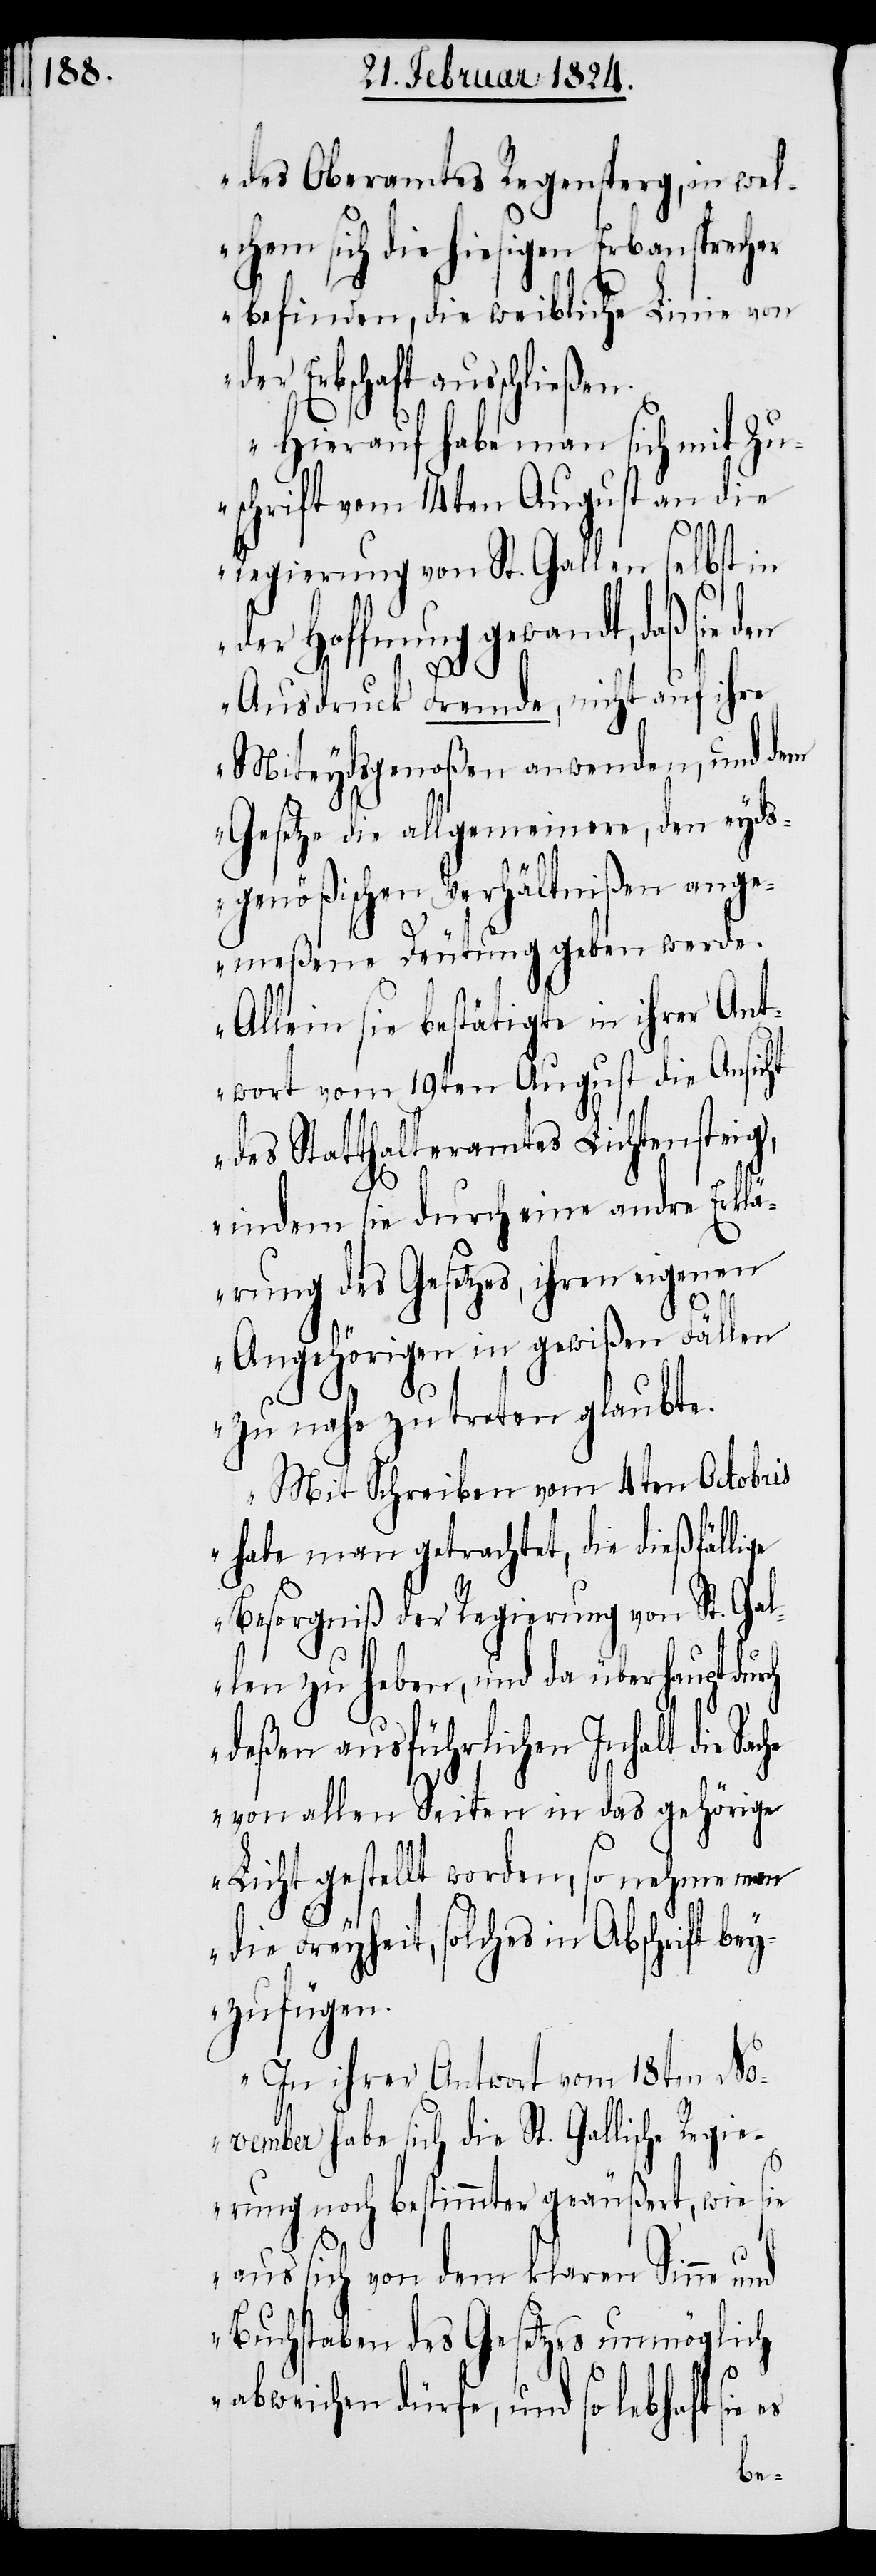
des Oberamtes Regensberg, in wel¬
chem sich die hiesigen Erbansprecher
befinden, die weibliche Linie von
Erbschaft ausschlie¬
Hierauf habe man sich mit Zu¬
schrift vom 14ten August an die
Regierung von St. Gallen selbst in
der Hoffnung gewandt, daß sie
Ausdruck Fremde, nicht auf ihre
Miteydsgenoßen anwenden, und dem
Gesetze die allgemeinen, den eyds¬
genößischen Verhältnißen ange¬
meßene Deutung geben werde.
Allein sie bestätige in ihrer Ant¬
wort vom 19ten August die Ansicht
des Statthalteramtes Lichtensteig,
ßen.
indem sie durch eine andre Erklä¬
rung des Gesetzes, ihren eigenen
Angehörigen in gewißen Fällen
zu nahe zu treten glaubte.
Mit Schreiben vom 4ten Octobris
habe man getrachtet, die dießfällige
Besorgniß der Regierung von St. Gal¬
len zu heben, und da überhaupt
deßen ausführlichen Inhalt die
von allen Seiten in das gehörige
Licht gestellt worden, so nehme man
die Freyheit, solches in Abschrift be¬
yzufügen.
In ihrer Antwort vom 18ten No¬
vember habe sich die St. Gallische Regie¬
rung noch bestimmter geäußert, wie sie
aus sich von dem klaren Sinne und
Buchstaben des Gesetzes unmöglich
abweichen dürfe, und so lebhaft sie